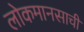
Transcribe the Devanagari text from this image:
लोकमानसाची